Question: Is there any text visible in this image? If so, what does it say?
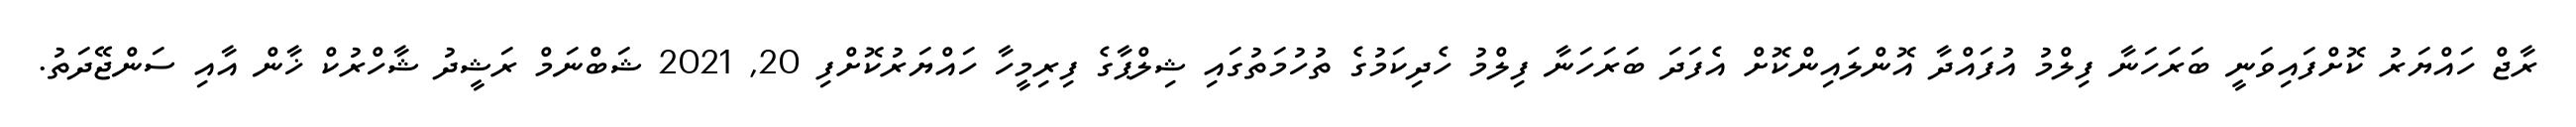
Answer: ރާޖް ހައްޔަރު ކޮށްފައިވަނީ ބަރަހަނާ ފިލްމު އުފައްދާ އޮންލައިންކޮށް އެފަދަ ބަރަހަނާ ފިލްމު ހެދިކަމުގެ ތުހުމަތުގައި ޝިލްޕާގެ ފިރިމީހާ ހައްޔަރުކޮށްފި 20, 2021 ޝަބްނަމް ރަޝީދު ޝާހްރުކް ޚާން އާއި ސަންޖޭދަތު.